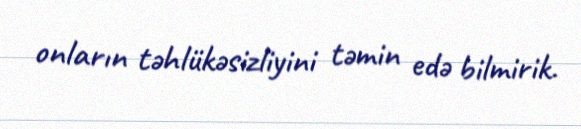
onların təhlükəsizliyini təmin edə bilmirik.